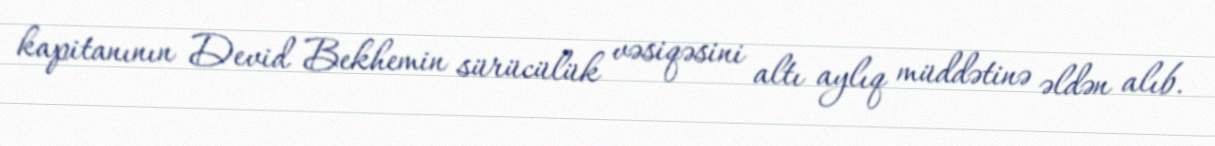
kapitanının Devid Bekhemin sürücülük vəsiqəsini altı aylıq müddətinə əldən alıb.